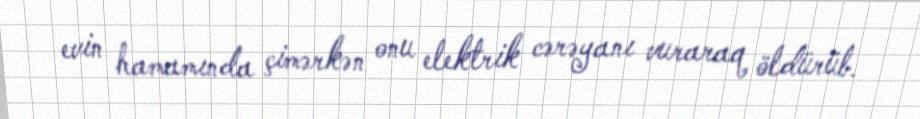
evin hamamında çimərkən onu elektrik cərəyanı vuraraq öldürüb.